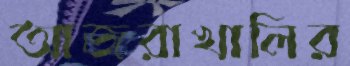
আজরাখালির